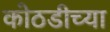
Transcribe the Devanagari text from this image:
कोठडीच्या